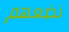
نضعهم